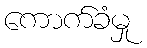
ကောက်ခံမှု